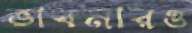
ভাবনারও